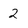
Character: 2